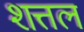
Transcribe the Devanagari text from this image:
शत्तल